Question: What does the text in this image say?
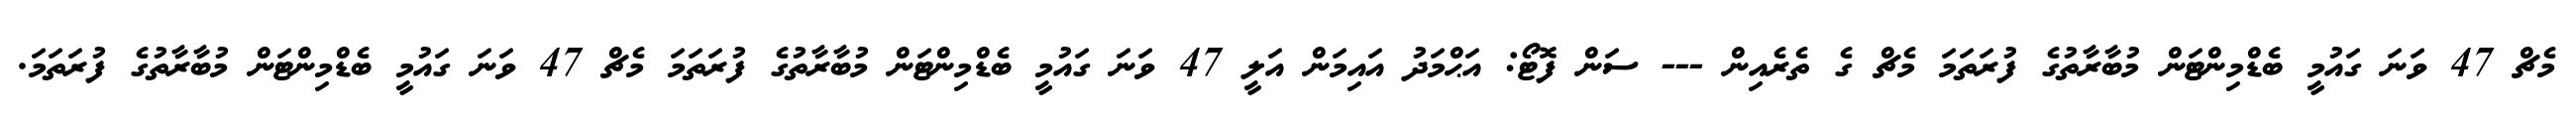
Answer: މެޗް 47 ވަނަ ގައުމީ ބެޑްމިންޓަން މުބާރާތުގެ ފުރަތަމަ މެޗް ގެ ތެރެއިން --- ސަން ފޮޓޯ: އަޙްމަދު އައިމަން އަލީ 47 ވަނަ ގައުމީ ބެޑްމިންޓަން މުބާރާތުގެ ފުރަތަމަ މެޗް 47 ވަނަ ގައުމީ ބެޑްމިންޓަން މުބާރާތުގެ ފުރަތަމަ.